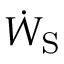
{ \dot { W } } _ { \mathrm { S } }